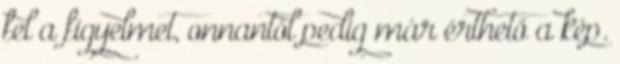
fel a figyelmet, onnantól pedig már érthető a kép.